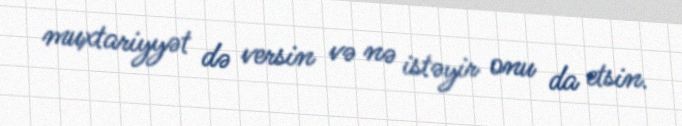
muxtariyyət də versin və nə istəyir onu da etsin.